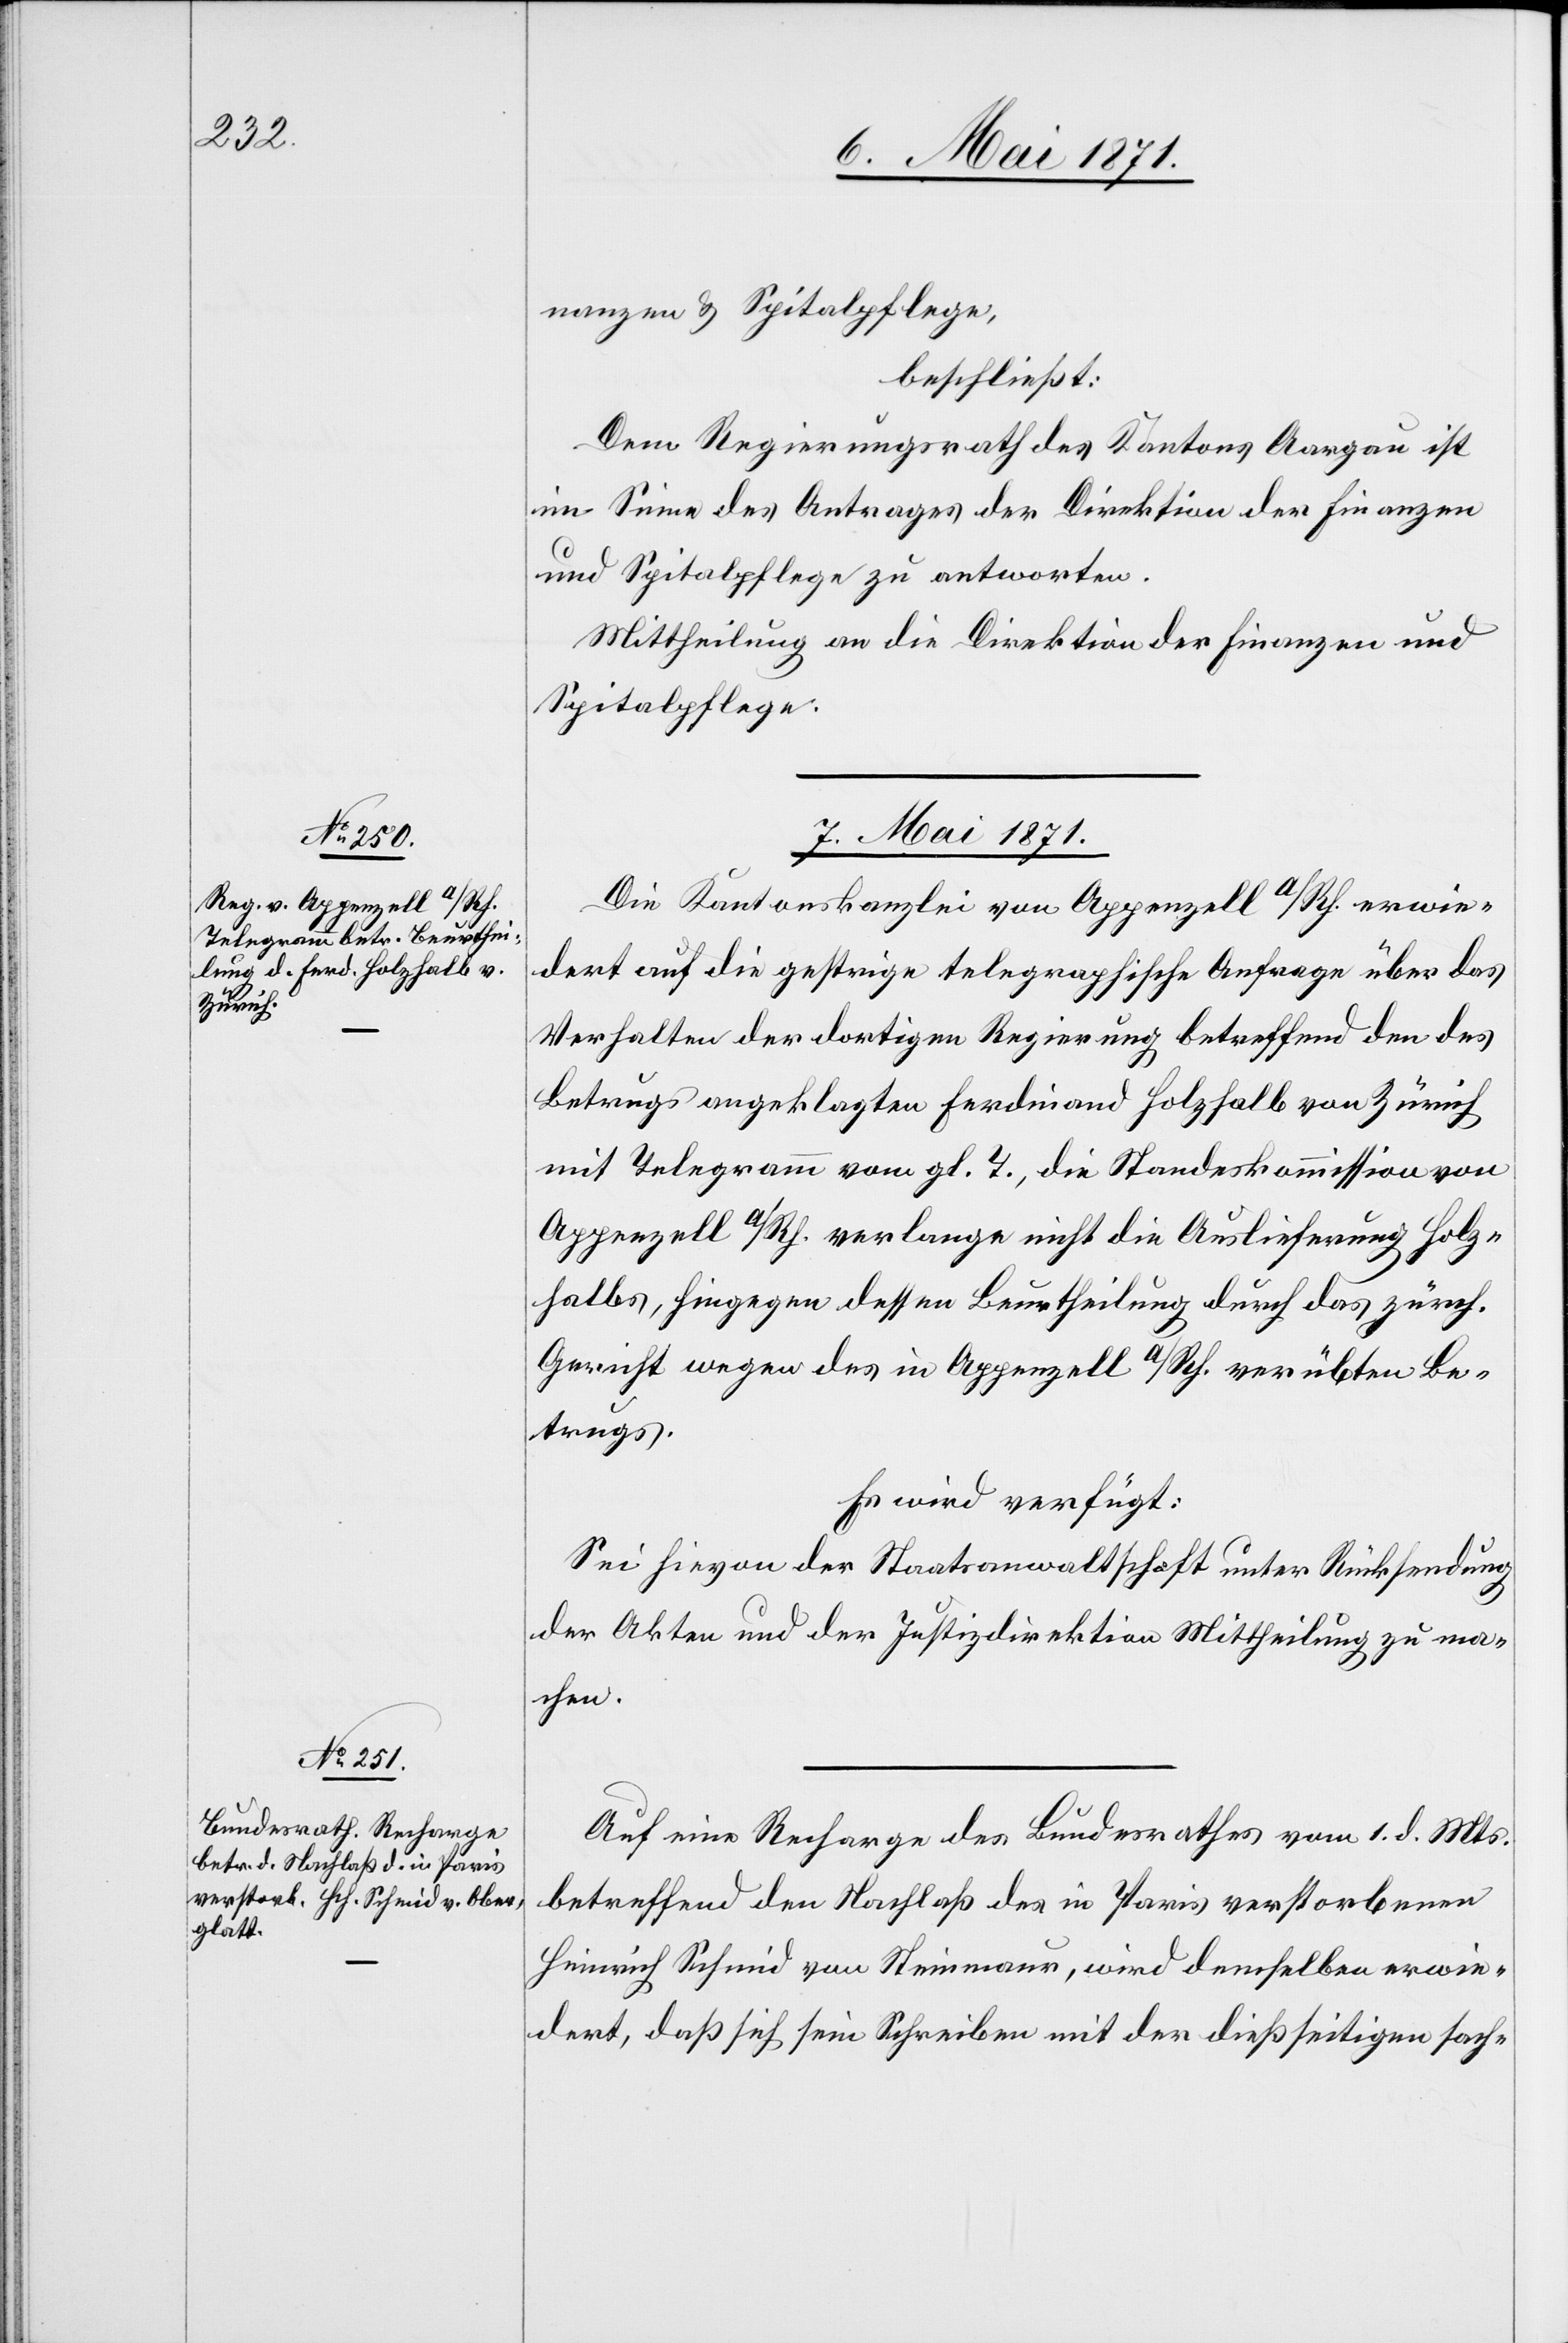
nanzen u. Spitalpflege,
beschließt:
Dem Regierungsrath des Kantons Aargau ist
im Sinne des Antrages der Direktion der Finanzen
und Spitalpflege zu antworten.
Mittheilung an die Direktion der Finanzen und
Spitalpflege.
7. Mai 1871.]
Die Kantonskanzlei von Appenzell a/Rh. erwie¬
dert auf die gestrige telegraphische Anfrage über das
Verhalten der dortigen Regierung betreffend den des
Betrugs angeklagten Ferdinand Holzhalb von Zürich
mit Telegramm vom gl. T., die Standeskommission von
Appenzell a/Rh. verlange nicht die Auslieferung Holz¬
halbs, hingegen dessen Beurtheilung durch das zürch.
Gericht wegen des in Appenzell a/Rh. verübten Be¬
trugs.
Es wird verfügt:
Sei hievon der Staatsanwaltschaft unter Rücksendung
der Akten und der Justizdirektion Mittheilung zu ma¬
chen.
Auf eine Recharge des Bundesrathes vom 1. d. Mts.
betreffend den Nachlaß des in Paris verstorbenen
Heinrich Schmid von Steinmaur, wird demselben erwie¬
dert, daß sich sein Schreiben mit der dießseitigen sach-